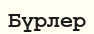
Бүрлер